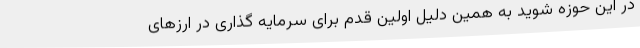
در این حوزه شوید به همین دلیل اولین قدم برای سرمایه گذاری در ارزهای